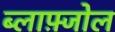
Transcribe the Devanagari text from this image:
ब्लाफ़्जोल